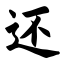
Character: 还